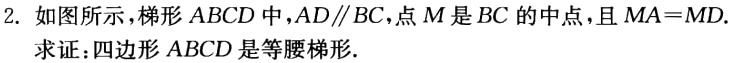
2. 如图所示，梯形 \(ABCD\) 中，\(AD\parallel BC\)，点 \(M\) 是 \(BC\) 的中点，且 \(MA = MD\)。

求证：四边形 \(ABCD\) 是等腰梯形。